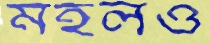
মহলও